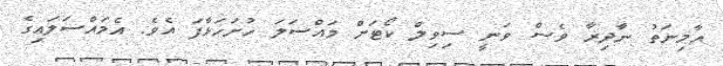
އާމިނަތު ނާދިޜާ ވެސް ވަނީ ސިވިލް ކޯޓަށް މައްސަލަ ހުށަހަޅާފަ އެވެ. އެމައްސަލައިގެ